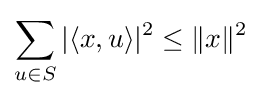
\sum _{u\in S}|\langle x,u\rangle |^{2}\leq \|x\|^{2}